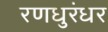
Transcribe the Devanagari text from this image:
रणधुरंधर